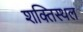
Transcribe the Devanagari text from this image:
शक्तिस्थल